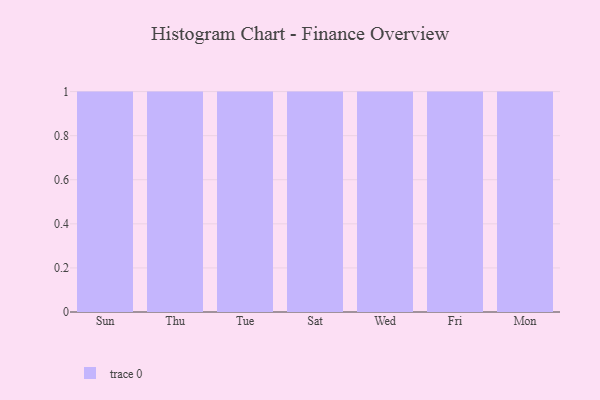
{"axis": {"x": "Day", "y": "Inventory Turnover"}, "legend": [""], "data": [{"x": "Sun", "y": 10, "type": ""}, {"x": "Thu", "y": 99, "type": ""}, {"x": "Tue", "y": 61, "type": ""}, {"x": "Sat", "y": 46, "type": ""}, {"x": "Wed", "y": 39, "type": ""}, {"x": "Fri", "y": 85, "type": ""}, {"x": "Mon", "y": 36, "type": ""}]}